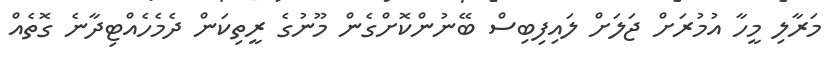
މަރާލި މީހާ އުމުރަށް ޖަލަށް ލައިފިބިސް ބޭނުންކޮށްގެން މޫނުގެ ރީތިކަން ދެމެހެއްޓިދާނެ ގޮތެއް